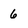
Character: 6